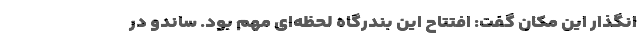
انگذار این مکان گفت: افتتاح این بندرگاه لحظه‌ای مهم بود. ساندو در